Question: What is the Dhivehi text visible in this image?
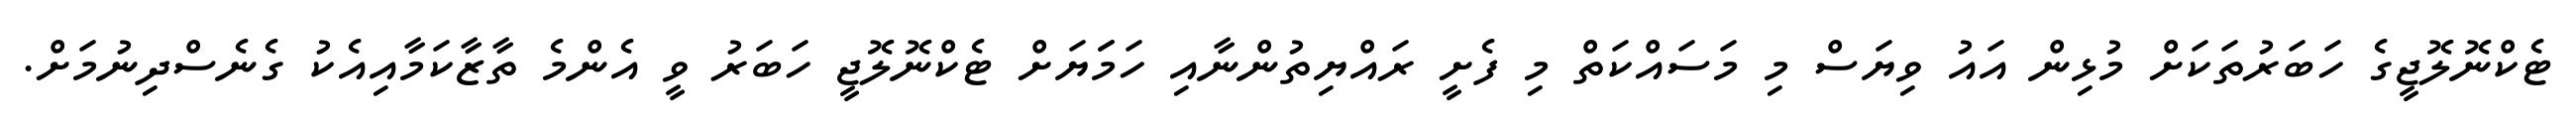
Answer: ޓެކްނޮލޮޖީގެ ހަބަރުތަކަށް މުޅިން އައު ވިޔަސް މި މަސައްކަތް މި ފެށީ ރައްޔިތުންނާއި ހަމަަޔަށް ޓެކްނޮލޮޖީ ހަބަރު ވީ އެންމެ ތާޒާކަމާއިއެކު ގެނެސްދިނުމަށް.